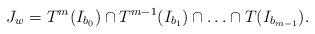
LaTeX: \begin{align*}J_w= T^{m}(I_{b_0})\cap T^{m-1}(I_{b_1})\cap\ldots\cap T(I_{b_{m-1}}).\end{align*}